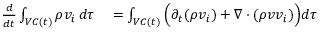
\begin{array} { r l } { \frac { d } { d t } \int _ { V C ( t ) } \rho v _ { i } \, d \tau } & { { } = \int _ { V C ( t ) } \Big ( \partial _ { t } ( \rho v _ { i } ) + \nabla \cdot ( \rho v v _ { i } ) \Big ) d \tau } \end{array}